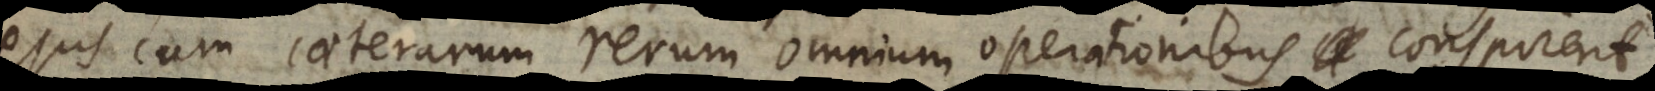
ejus cum caeterarum rerum omnium operationibus conspirent.